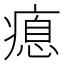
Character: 瘜